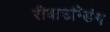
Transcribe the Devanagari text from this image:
रीबाउन्डिंग